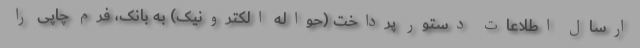
ارسال اطلاعات دستور پرداخت (حواله الکترونیک) به بانک، فرم چاپی را